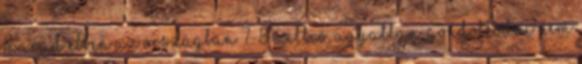
marad ebben az országban 7-8 millió, agyatlan, gondolkodni nem